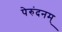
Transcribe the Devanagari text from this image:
पेरुंदनम्